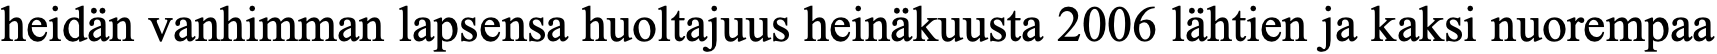
heidän vanhimman lapsensa huoltajuus heinäkuusta 2006 lähtien ja kaksi nuorempaa